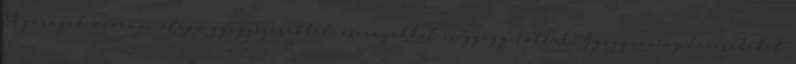
A görögök növényi alapú gyógyszerekkel, ásványokkal is gyógyítottak. Gyógynövény-keverékeket